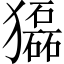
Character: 𤢿